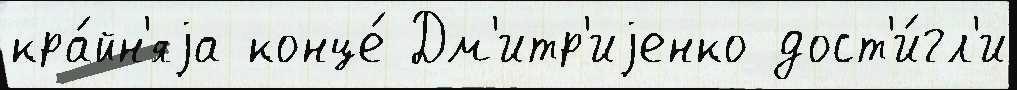
кра́йн'яjа конце́ Дм'итр'иjенко дост'и́гл'и